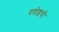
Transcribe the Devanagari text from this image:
गणेशची